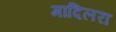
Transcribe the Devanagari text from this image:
मादिलरा